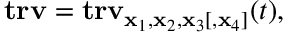
\mathbf { t r v } = \mathbf { t r v } _ { { \mathbf x } _ { 1 } , { \mathbf x } _ { 2 } , { \mathbf x } _ { 3 } [ , { \mathbf x } _ { 4 } ] } ( t ) ,